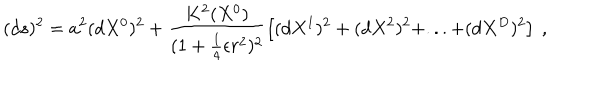
( d s ) ^ { 2 } = a ^ { 2 } ( d X ^ { 0 } ) ^ { 2 } + \frac { K ^ { 2 } ( X ^ { 0 } ) } { ( 1 + \frac { 1 } { 4 } \epsilon r ^ { 2 } ) ^ { 2 } } \left[ ( d X ^ { 1 } ) ^ { 2 } + ( d X ^ { 2 } ) ^ { 2 } + . . . + ( d X ^ { D } ) ^ { 2 } \right] \ ,